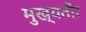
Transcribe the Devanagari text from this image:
मुख्‍यतौर